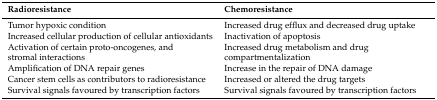
<table><thead><tr><td><b>Radioresistance</b></td><td><b>Chemoresistance</b></td></tr></thead><tbody><tr><td>Tumor hypoxic condition</td><td>Increased drug efflux and decreased drug uptake</td></tr><tr><td>Increased cellular production of cellular antioxidants</td><td>Inactivation of apoptosis</td></tr><tr><td>Activation of certain proto-oncogenes, and stromal interactions</td><td>Increased drug metabolism and drug compartmentalization</td></tr><tr><td>Amplification of DNA repair genes</td><td>Increase in the repair of DNA damage</td></tr><tr><td>Cancer stem cells as contributors to radioresistance</td><td>Increased or altered the drug targets</td></tr><tr><td>Survival signals favoured by transcription factors</td><td>Survival signals favoured by transcription factors</td></tr></tbody></table>